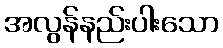
အလွန်နည်းပါးသော